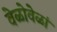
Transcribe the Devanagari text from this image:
वेळोवेळां